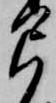
弓